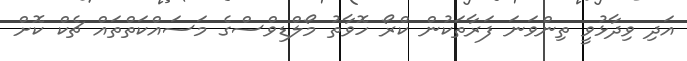
އަދި ވިދާޅުވީ ތިންވަނަ ފަރާތަކުން ކްރޯ ހޮވާތު މޯލްޑިވްސްގެ މަސައްކަތްތައް ޗެކް ކޮށް